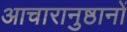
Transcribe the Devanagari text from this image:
आचारानुष्ठानों